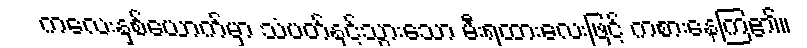
ကလေးနှစ်ယောက်မှာ သံပတ်နှင့်သွားသော မီးရထားလေးဖြင့် ကစားနေကြ၏။